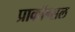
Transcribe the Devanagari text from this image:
प्राकॉन्सल